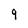
Character: 9